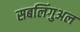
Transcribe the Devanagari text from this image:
सबलिंगुअल